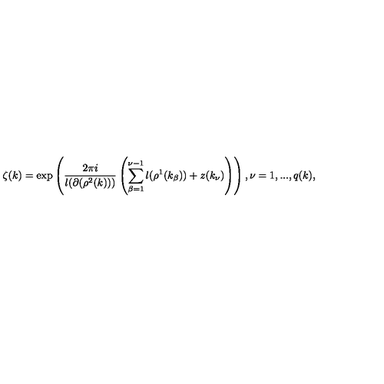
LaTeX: \zeta ( k ) = \exp \left( \frac { 2 \pi i } { l ( \partial ( \rho ^ { 2 } ( k ) ) ) } \left( \sum _ { \beta = 1 } ^ { \nu - 1 } l ( \rho ^ { 1 } ( k _ { \beta } ) ) + z ( k _ { \nu } ) \right) \right) , \nu = 1 , . . . , q ( k ) ,